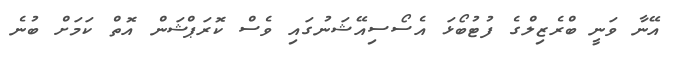
އޭނާ ވަނީ ބްރެޒިލްގެ ފުޓުބޯޅަ އެސޯސިއޭޝަނުގައި ވެސް ކޮރަޕްޝަން އޮތް ކަމަށް ބުނެ